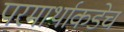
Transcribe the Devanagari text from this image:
परमार्थाकडेच